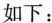
如下：